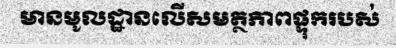
មានមូលដ្ឋានលើសមត្ថភាពផ្ទុករបស់